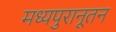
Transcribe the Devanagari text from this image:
मध्यपुरानूतन